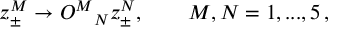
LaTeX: z _ { \pm } ^ { M } \rightarrow O ^ { M } { } _ { N } z _ { \pm } ^ { N } , \qquad M , N = 1 , . . . , 5 \, ,